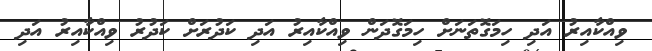
ވިއްކާއިރު އަދި ހިމަގޮތަނަށް ހިމަގޮދަން ވިއްކާއިރު އަދި ކަދުރަށް ކަދުރު ވިއްކާއިރު އަދި